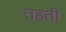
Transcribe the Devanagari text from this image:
तहती